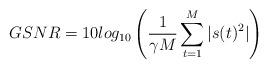
LaTeX: \begin{align*}GSNR = 10log_{10}\left ( \frac{1}{\gamma M}\sum_{t=1}^{M}|s(t)^2| \right )\end{align*}